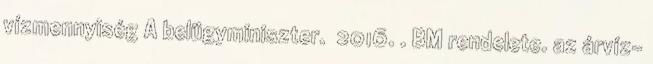
vízmennyiség A belügyminiszter. 2016. . BM rendelete. az árvíz-